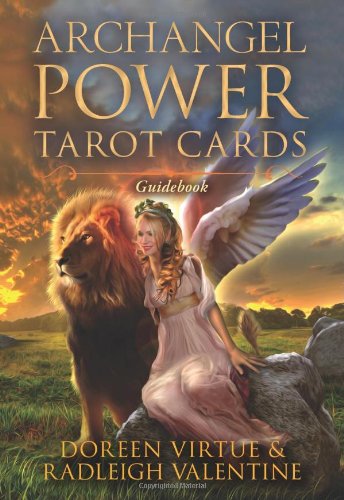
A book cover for Archangel Power Tarot Cards: A 78-Card Deck and Guidebook; Doreen Virtue; Religion & Spirituality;